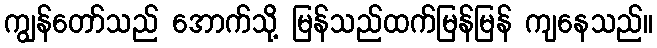
ကျွန်တော်သည် အောက်သို့ မြန်သည်ထက်မြန်မြန် ကျနေသည်။